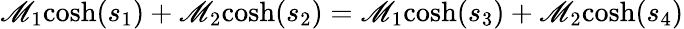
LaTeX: \mathscr{M}_{1}{\mathrm{{cosh}}}(s_{1})+\mathscr{M}_{2}{\mathrm{{cosh}}}(s_{2})=\mathscr{M}_{1}{\mathrm{{cosh}}}(s_{3})+\mathscr{M}_{2}{\mathrm{{cosh}}}(s_{4})